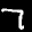
Label: 7